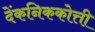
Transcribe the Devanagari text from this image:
देंकनिककोत्ती